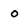
Character: 0